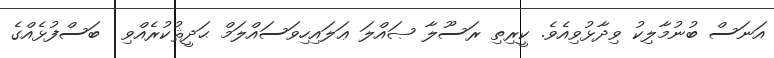
އަނަސް ބުނުމާލިކު ވިދާޅުވިއެވެ. ކީރިތި ރަސޫލާ ޞައްލަ ޢަލައިހިވަސައްލަމް ޙަދީޘުކުރެއްވި  ބަސްފުޅެއްގެ